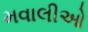
મવાલીઓ